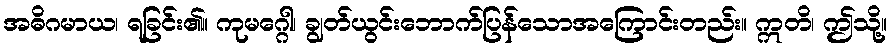
အဓိဂမာယ၊ ရခြင်း၏။ ကုမဂ္ဂေါ၊ ချွတ်ယွင်းဘောက်ပြန်သောအကြောင်းတည်း။ ဣတိ၊ ဤသို့။